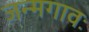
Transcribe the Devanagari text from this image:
जन्मगावः